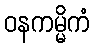
ဝနကမ္မိကံ